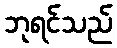
ဘုရင်သည်